画像に写った文字を読んでください
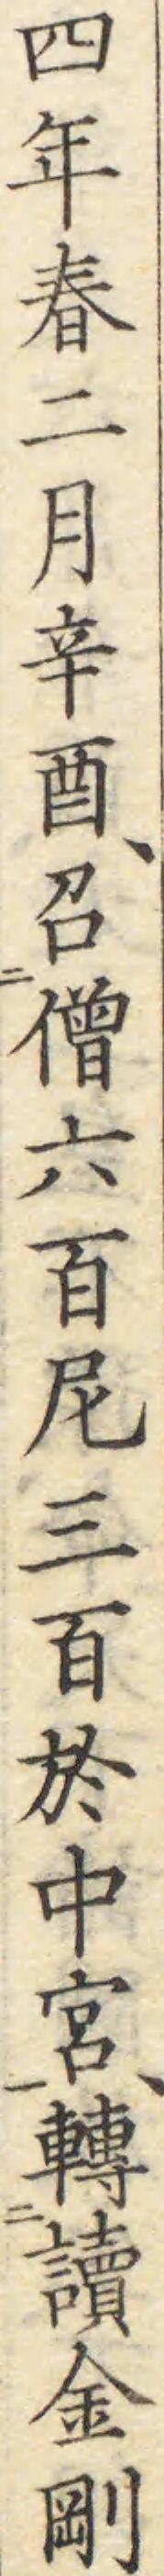
「四年春二月辛酉、召僧六百尼三百於中宮、轉讀金剛」と書いてあります